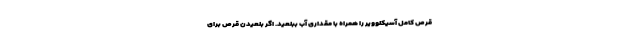
قرص کامل آسیکلوویر را همراه با مقداری آب ببلعید. اگر بلعیدن قرص برای